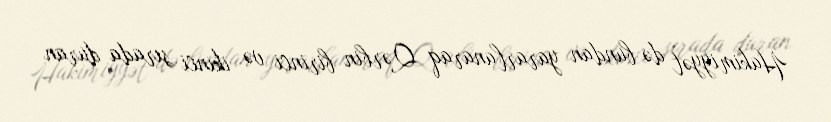
Hakimiyyət də bundan yararlanaraq Qərbin birinci və ikinci sırada duran